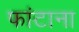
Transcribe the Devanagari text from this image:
फांटाना